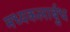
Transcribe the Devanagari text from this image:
मध्यकलार्बुध